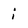
Character: i